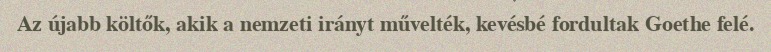
Az újabb költők, akik a nemzeti irányt művelték, kevésbé fordultak Goethe felé.